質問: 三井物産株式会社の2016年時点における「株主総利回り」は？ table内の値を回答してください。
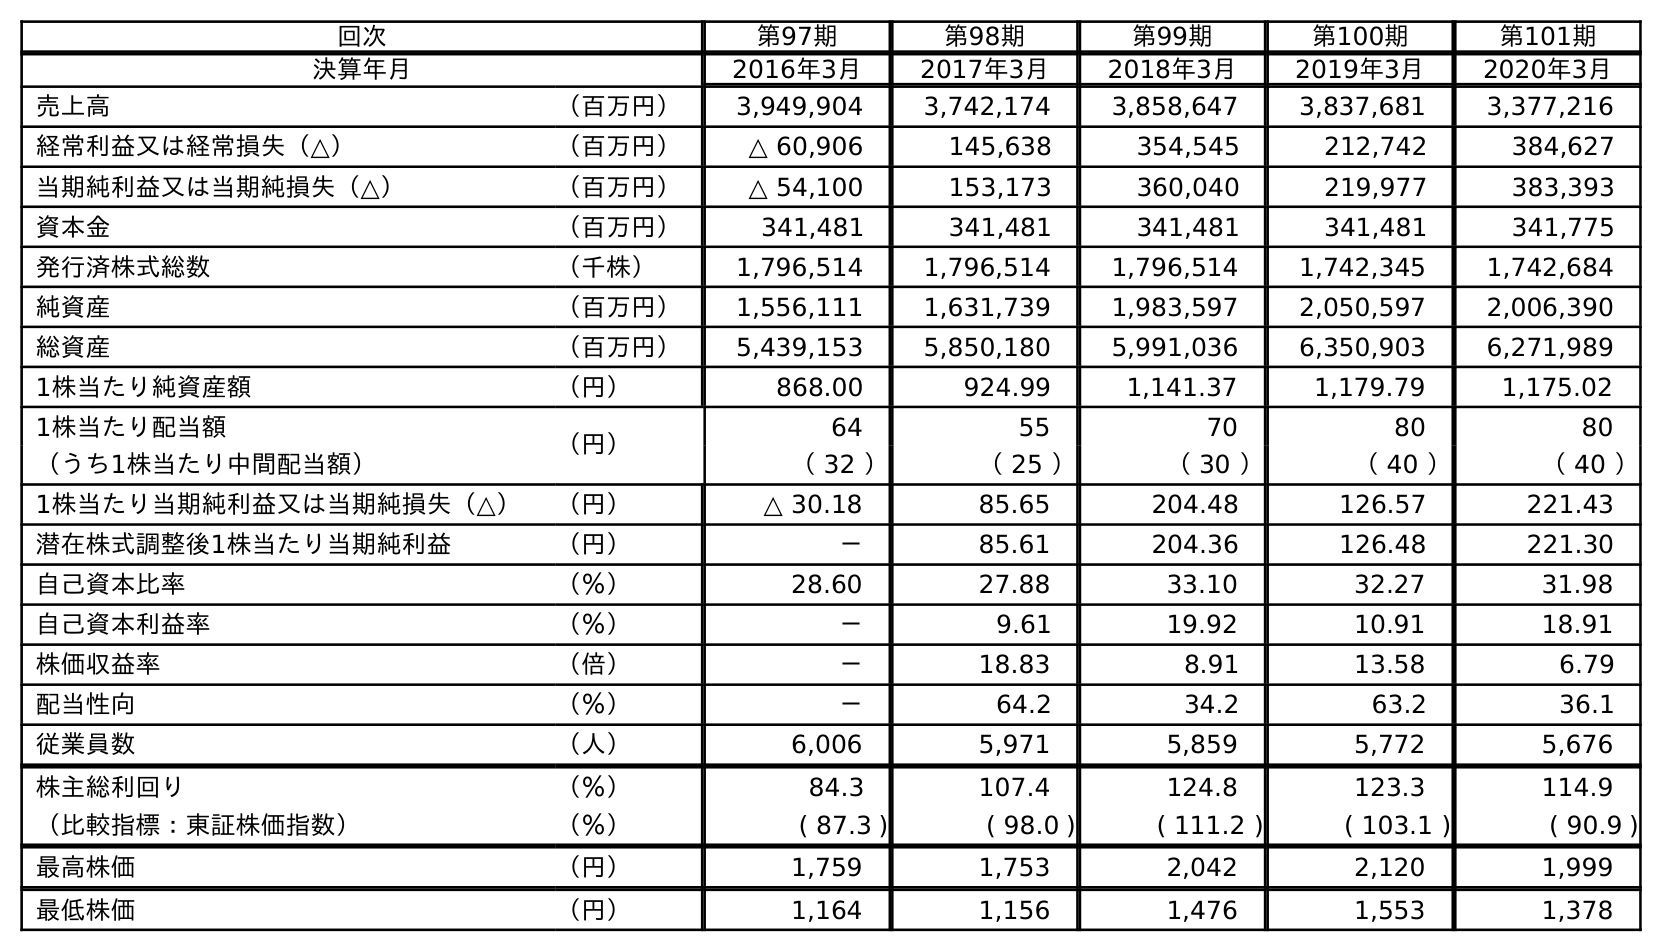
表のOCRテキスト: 回次 第97期 第98期 第99期 第100期 第101期 決算年月 2016年3月 2017年3月 2018年3月 2019年3月 2020年3月 売上高 （百万円） 3,949,904 3,742,174 3,858,647 3,837,681 3,377,216 経常利益又は経常損失（△） （百万円） △ 60,906 145,638 354,545 212,742 384,627 当期純利益又は当期純損失（△） （百万円） △ 54,100 153,173 360,040 219,977 383,393 資本金 （百万円） 341,481 341,481 341,481 341,481 341,775 発行済株式総数 （千株） 1,796,514 1,796,514 1,796,514 1,742,345 1,742,684 純資産 （百万円） 1,556,111 1,631,739 1,983,597 2,050,597 2,006,390 総資産 （百万円） 5,439,153 5,850,180 5,991,036 6,350,903 6,271,989 1株当たり純資産額 （円） 868.00 924.99 1,141.37 1,179.79 1,175.02 1株当たり配当額 （円） 64 55 70 80 80 （うち1株当たり中間配当額） （ 32 ） （ 25 ） （ 30 ） （ 40 ） （ 40 ） 1株当たり当期純利益又は当期純損失（△） （円） △ 30.18 85.65 204.48 126.57 221.43 潜在株式調整後1株当たり当期純利益 （円） － 85.61 204.36 126.48 221.30 自己資本比率 （％） 28.60 27.88 33.10 32.27 31.98 自己資本利益率 （％） － 9.61 19.92 10.91 18.91 株価収益率 （倍） － 18.83 8.91 13.58 6.79 配当性向 （％） － 64.2 34.2 63.2 36.1 従業員数 （人） 6,006 5,971 5,859 5,772 5,676 株主総利回り （％） 84.3 107.4 124.8 123.3 114.9 （比較指標：東証株価指数） （％） ( 87.3 ) ( 98.0 ) ( 111.2 ) ( 103.1 ) ( 90.9 ) 最高株価 （円） 1,759 1,753 2,042 2,120 1,999 最低株価 （円） 1,164 1,156 1,476 1,553 1,378
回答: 84.3